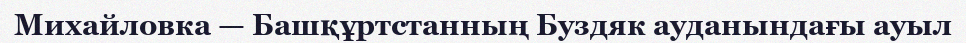
Михайловка — Башқұртстанның Буздяк ауданындағы ауыл